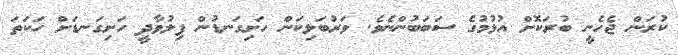
ކުރަން ޖެހެނީ ބުރަކޮށް އުޅުމުގެ ސަބަބުންނެވެ. ވަރުބަލިކަން ހަށިގަނޑުން ފިލުވާދީ ހަށިގަނޑަށް ހަކަތަ